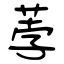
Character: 荸